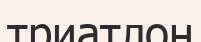
триатлон